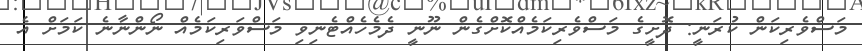
މަސްވެރިކަން ކުރަނީ: ދޮށީގެ މަސްވެރިކަމެއްކޮށްގެން ނޫނީ ދެމެހެއްޓެނިވި މަސްވަރިކަމެއް ނޯންނާނެ ކަމަށް އެ